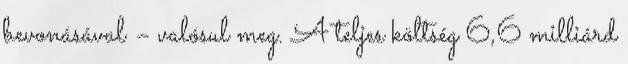
bevonásával – valósul meg. A teljes költség 6,6 milliárd